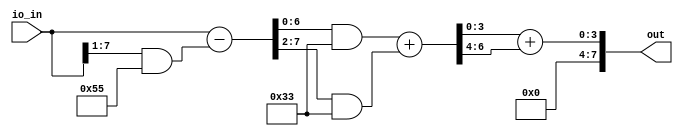
module user_module(
  input wire [7:0] io_in,
  output wire [7:0] out
);
  wire [7:0] io_in__1;
  wire [6:0] add_121;
  wire [3:0] add_127;
  assign io_in__1 = io_in - ({1'h0, io_in[7:1]} & 8'h55);
  assign add_121 = (io_in__1[6:0] & 7'h33) + ({1'h0, io_in__1[7:2]} & 7'h33);
  assign add_127 = add_121[3:0] + {1'h0, add_121[6:4]};
  assign out = {4'h0, add_127};
endmodule